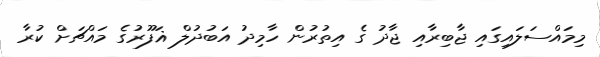
މިމައްސަލައިގައި ޖާބިރާއި ޖާދު ގެ އިތުރުން ހާމިދު އަބުދުލް ޣަފޫރުގެ މައްޗަށް ކުރާ